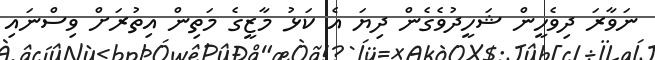
ނަވާރަ ދިވެހީން ޝަހީދުވެގެން ދިޔަ އެ ކަޅު މާޒީގެ މަތިން އިތުރަށް ވިސްނައި